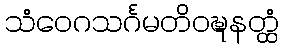
သံဝေဂသင်္ဂမတိဝဍ္ဎနတ္ထံ